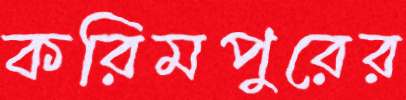
করিমপুরের